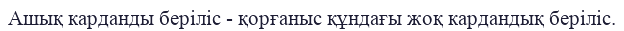
Ашық карданды беріліс - қорғаныс құндағы жоқ кардандық беріліс.